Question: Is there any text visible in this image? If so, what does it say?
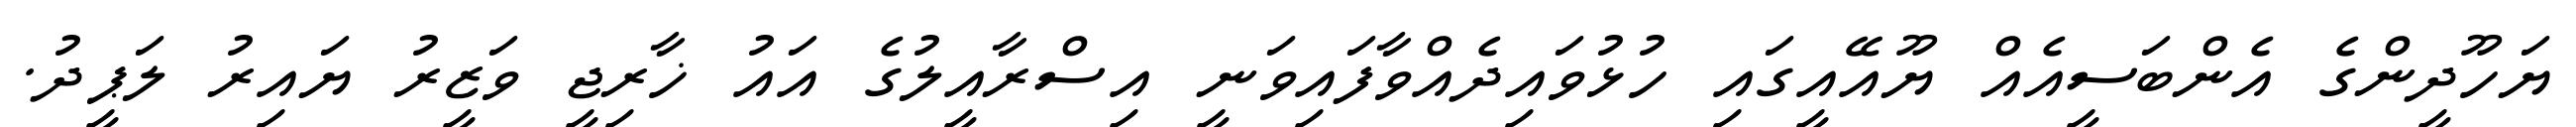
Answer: ޔަހޫދީންގެ އެންބަސީއެއް ޔޫއޭއީގައި ހުޅުވައިދެއްވާފައިވަނީ އިސްރާއީލުގެ އައު ޚާރިޖީ ވަޒީރު ޔައިރު ލަޕީދު.